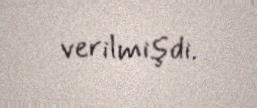
verilmişdi.